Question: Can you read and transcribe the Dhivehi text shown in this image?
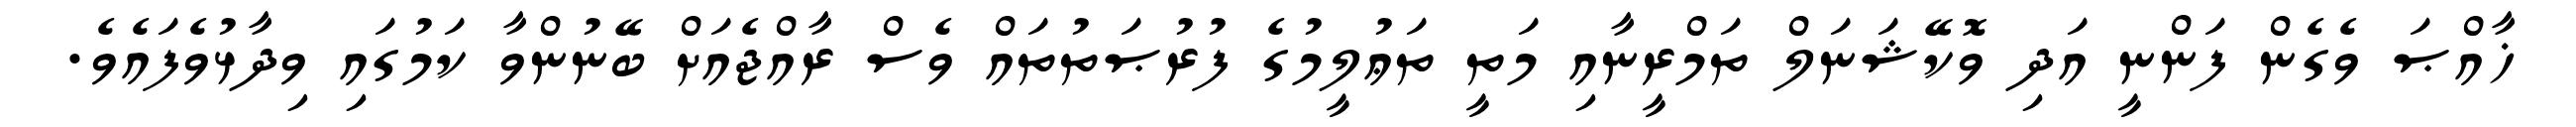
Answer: ޚާއްޞަ ވެގެން ފަންނީ އަދި ވޮކޭޝަނަލް ތަމްރީނާއި މަތީ ތަޢުލީމުގެ ފުރުޞަތުތައް ވެސް ރާއްޖެއަށް ބޭނުންވާ ކަމުގައި ވިދާޅުވެފައެވެ.